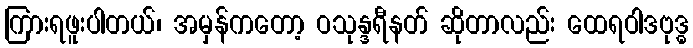
ကြားရဖူးပါတယ်၊ အမှန်ကတော့ ဝသုန္ဒရီနတ် ဆိုတာလည်း ထေရဝါဒဗုဒ္ဓ